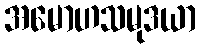
အမောဟသမုဒယာ